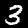
Digit: 3